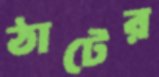
ঠাটের